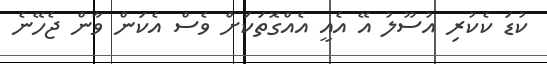
ކުޑަ ކެކުރި އުސޫލު އޭ އެއީ އެއްގޮތަކަށް ވެސް އެކަން ވާން ޖެހޭނެ